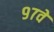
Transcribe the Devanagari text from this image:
९७वे